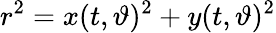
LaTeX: r^{2}=x(t,\vartheta)^{2}+y(t,\vartheta)^{2}